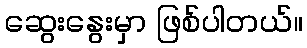
ဆွေးနွေးမှာ ဖြစ်ပါတယ်။